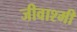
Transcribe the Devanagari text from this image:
जीवाश्मी